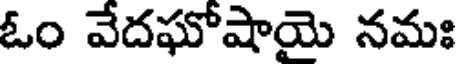
ఓం వేదఘోషాయై నమః